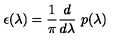
\epsilon ( \lambda ) = { \frac { 1 } { \pi } } { \frac { d } { d \lambda } } \ p ( \lambda )